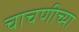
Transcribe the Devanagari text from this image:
चाचणीच्या